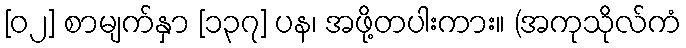
[၀၂] စာမျက်နှာ [၁၃၇] ပန၊ အဖို့တပါးကား။ (အကုသိုလ်ကံ